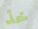
خذ